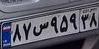
۸۷س۹۵۹۳۸